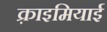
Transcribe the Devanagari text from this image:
क़्राइमियाई